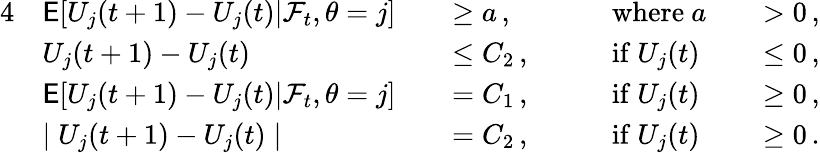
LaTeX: \begin{array}{rlrlrlrl}{{4}}&{\mathsf{E}[U_{j}(t+1)-U_{j}(t)|\mathcal{F}_{t},\theta=j]}&&{\ge a\, ,}&&{\mathrm{where~}a}&&{>0\, ,}\\ &{U_{j}(t+1)-U_{j}(t)}&&{\le C_{2}\, ,\quad}&&{\mathrm{if~}U_{j}(t)}&&{\le 0\, ,}\\ &{\mathsf{E}[U_{j}(t+1)-U_{j}(t)|\mathcal{F}_{t},\theta=j]}&&{=C_{1}\, ,}&&{\mathrm{if~}U_{j}(t)}&&{\ge 0\, ,}\\ &{\mid U_{j}(t+1)-U_{j}(t)\mid}&&{=C_{2}\, ,}&&{\mathrm{if~}U_{j}(t)}&&{\ge 0\, .}\end{array}